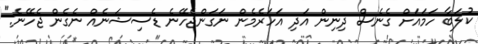
ކުލަބާ ހަމައަށް ގެނެސް ދިނިން އަދި އަހަރެމެން ނަގަންޖެހޭނެ ޑެސިޝަނެއް ނެގެން ޖެހޭނެ."